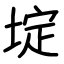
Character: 埞